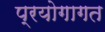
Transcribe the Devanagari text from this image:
प्रयोगागत